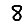
Digit: 8